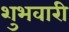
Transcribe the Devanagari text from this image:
शुभवारी